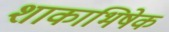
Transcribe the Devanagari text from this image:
शाकाभिषेक